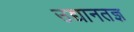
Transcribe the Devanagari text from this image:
उद्यानतज्ञ